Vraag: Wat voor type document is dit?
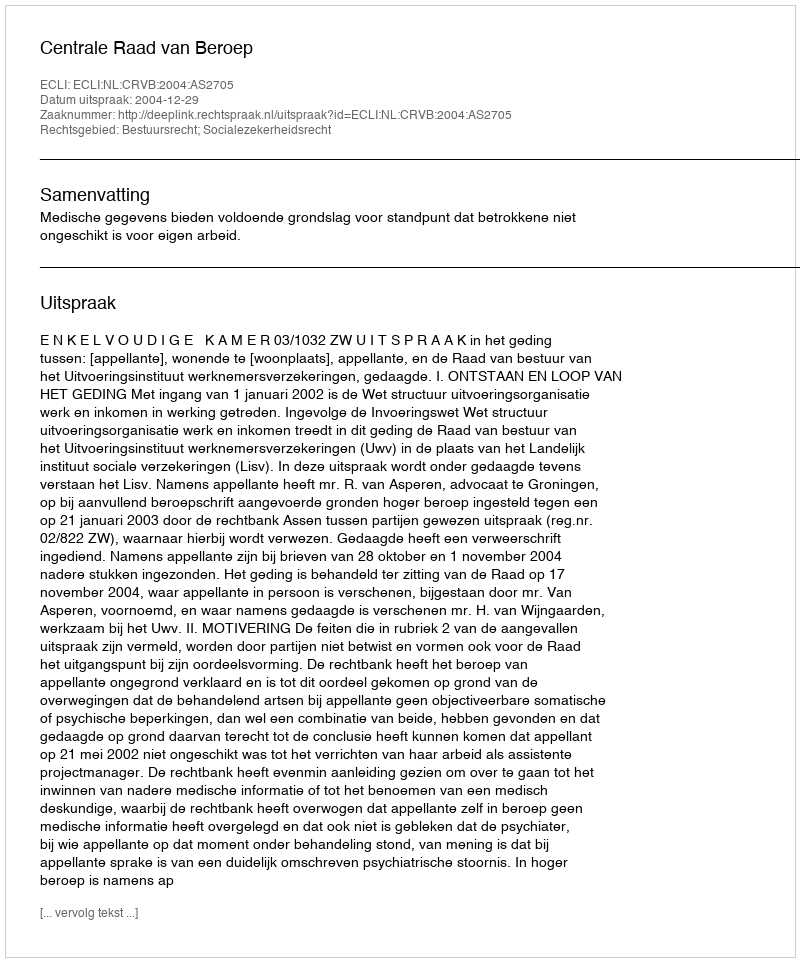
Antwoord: Uitspraak